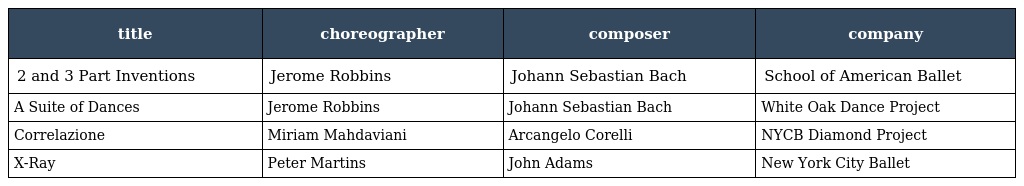
| title | choreographer | composer | company |
 | --- | --- | --- | --- |
 | 2 and 3 Part Inventions | Jerome Robbins | Johann Sebastian Bach | School of American Ballet |
 | A Suite of Dances | Jerome Robbins | Johann Sebastian Bach | White Oak Dance Project |
 | Correlazione | Miriam Mahdaviani | Arcangelo Corelli | NYCB Diamond Project |
 | X-Ray | Peter Martins | John Adams | New York City Ballet |